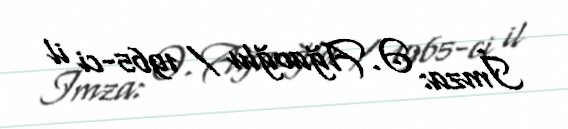
İmza: Ə. Ağaoğlu / 1965-ci il